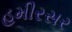
હમીરસર